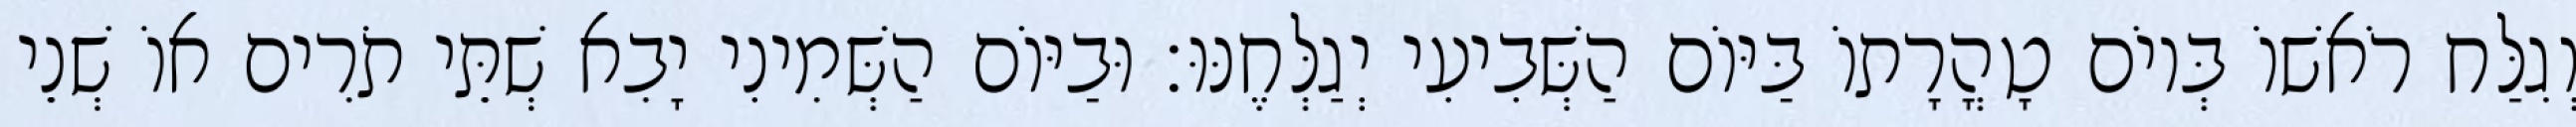
וְגִלַּח רֹאשׁוֹ בְּיוֹם טָהֳרָתוֹ בַּיּוֹם הַשְּׁבִיעִי יְגַלְּחֶנּוּ׃ וּבַיּוֹם הַשְּׁמִינִי יָבִא שְׁתֵּי תֹרִים אוֹ שְׁנֵי